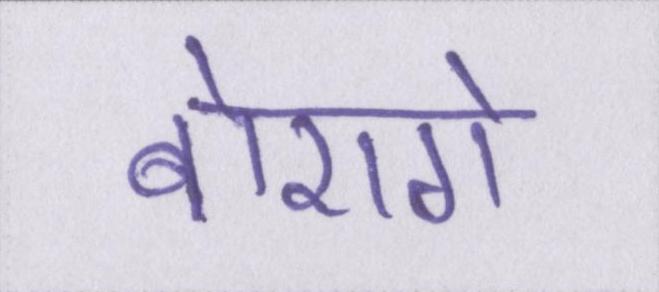
बोएगे